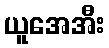
ယူအေအီး